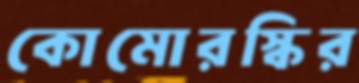
কোমোরস্কির